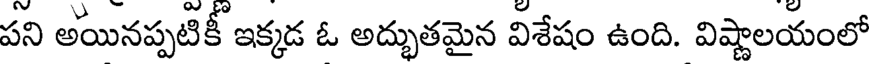
పని అయినప్పటికీ ఇక్కడ ఓ అద్భుతమైన విశేషం ఉంది. విష్ణాలయంలో